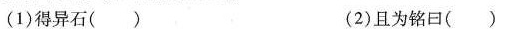
(1)得异石() (2)且为铭回()